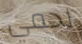
لحمي